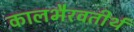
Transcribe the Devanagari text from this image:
कालभैरवतीर्थ